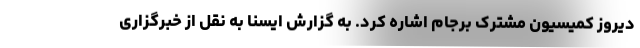
دیروز کمیسیون مشترک برجام اشاره کرد. به گزارش ایسنا به نقل از خبرگزاری